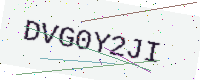
Text: DVG0Y2JI